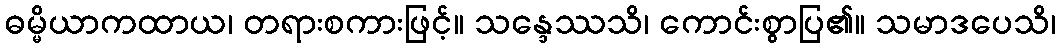
ဓမ္မိယာကထာယ၊ တရားစကားဖြင့်။ သန္ဒေဿသိ၊ ကောင်းစွာပြ၏။ သမာဒပေသိ၊